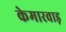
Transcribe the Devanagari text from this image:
केमारवाड़